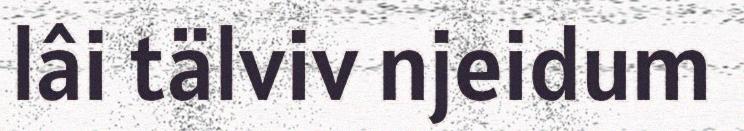
lâi tälviv njeidum